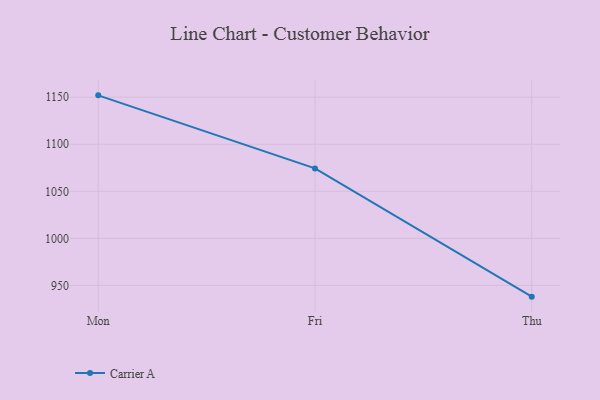
{"axis": {"x": "Day", "y": "Production Output"}, "legend": ["Carrier A"], "data": [{"x": "Mon", "y": 1152.0, "type": "Carrier A"}, {"x": "Fri", "y": 1074.4, "type": "Carrier A"}, {"x": "Thu", "y": 938.1, "type": "Carrier A"}]}